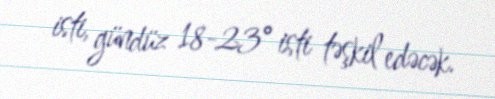
isti, gündüz 18-23° isti təşkil edəcək.